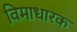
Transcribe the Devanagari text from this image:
विमाधारक